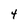
Character: 4